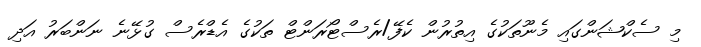
މި ސެކްޝަންގައި މެނޫތަކުގެ އިތުރުން ކެފޭ/ރެސްޓޯރަންޓް ތަކުގެ އެޑްރެސް ގުޅޭނެ ނަންބަރު އަދި